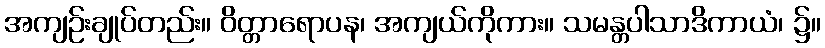
အကျဉ်းချုပ်တည်း။ ဝိတ္တာရောပန၊ အကျယ်ကိုကား။ သမန္တပါသာဒိကာယံ၊ ၌။